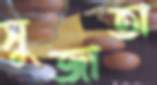
সুজাতা